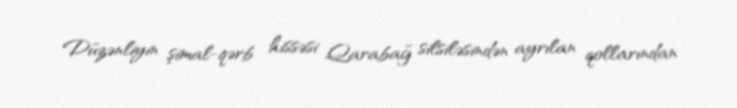
Düzənliyin şimal-qərb hissəsi Qarabağ silsiləsindən ayrılan qollarından